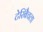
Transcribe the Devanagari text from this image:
टेरिबैचला